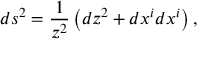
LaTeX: d s ^ { 2 } = \frac { 1 } { z ^ { 2 } } \left( d z ^ { 2 } + d x ^ { i } d x ^ { i } \right) ,